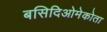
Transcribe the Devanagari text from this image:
बसिदिओमेकोता